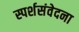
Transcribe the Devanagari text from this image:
स्पर्शसंवेदना